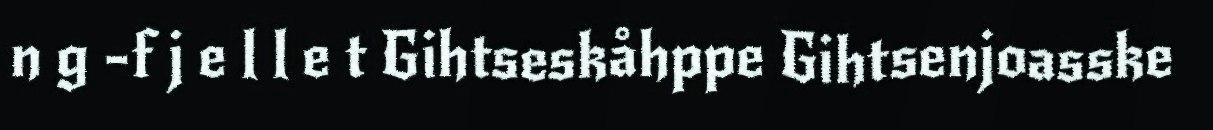
n g -f j e l l e t Gihtseskåhppe Gihtsenjoasske